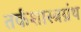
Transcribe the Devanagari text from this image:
तर्कशास्त्रग्रंथ